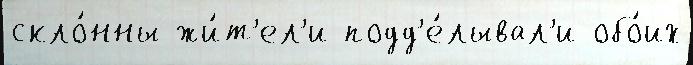
скло́нны жи́т'ел'и подд'е́лывал'и обо́их